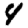
Digit: 4